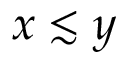
x \lesssim y